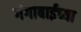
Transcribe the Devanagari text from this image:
गंगाबाईच्या